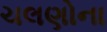
ચલણોના